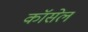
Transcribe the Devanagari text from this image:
कॉसेल